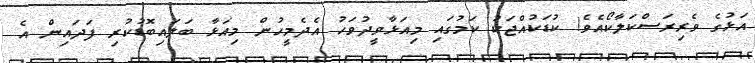
އަޅުގެ ވެރިރަސްކަލާކޯއެވެ! ކުޑަކުއްޖަކު ކަމުގައި މިއަޅާވީދުވަހު އެދެމީހުން މިއަޅާ ބަލައިބޮޑުކުރި ފަދައިން އެ